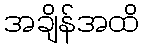
အချိန်အထိ